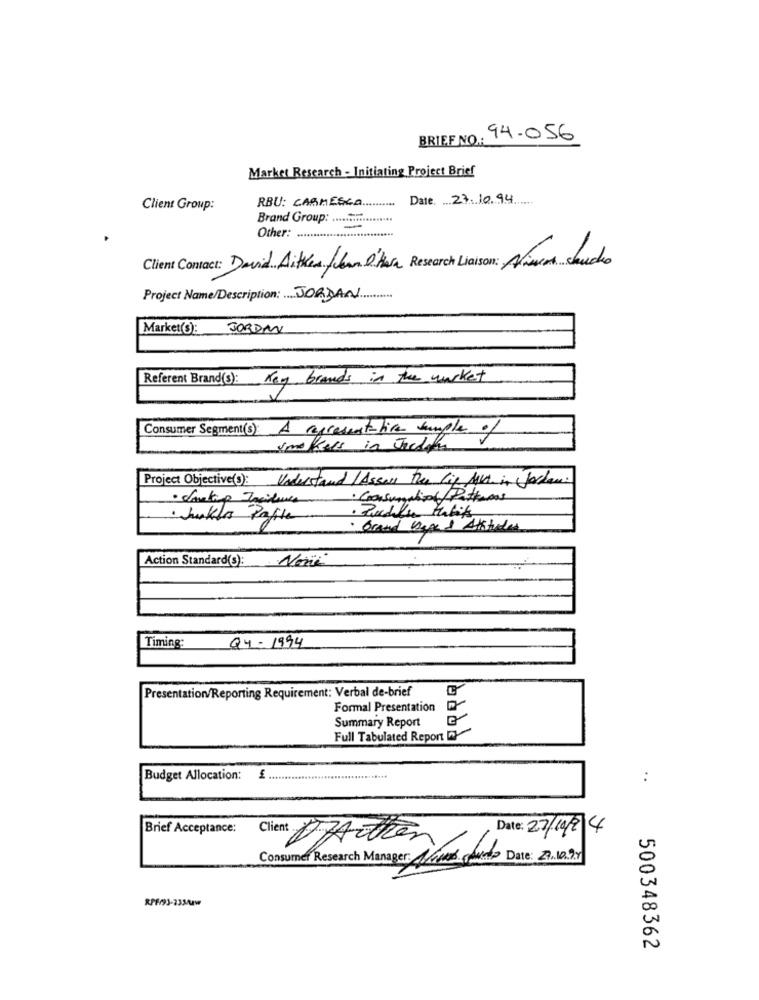
BRIEF NO .: 94-056
Market Research - Initiating Project Brief
RBU: CARMESCA
Date. 27.10.94
Client Group:
Brand Group: ..........
-
Other: ........
Client Contact: David Aitken,flan O'hara Research Liaison: Alism claudio
Project Name/Description: JORDAN
Market(s):
JORDAN
Referent Brand(s): Key brands in the market
Consumer Segment(s): A representative sample of
smakels in Jaedon
Project Objective(s): Understand /Assess the lip AV in Jedem:
Consumption Patterns
Jurkles Pafile
·Brand Week & Aktider
Action Standard(s):
Noné
04-1994
Timing:
Presentation/Reporting Requirement: Verbal de-brief
Formal Presentation
Summary Report
Full Tabulated Report
Budget Allocation: £
..
Brief Acceptance:
Date: 27/10/2 4
Me DAotten
Consumer Research Manager: Mimos Mundo Date: 2110.94
RPF/93-233/2w
500348362